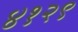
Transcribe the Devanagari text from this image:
४१२९